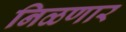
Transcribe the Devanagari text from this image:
निळणार